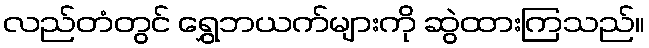
လည်တံတွင် ရွှေဘယက်များကို ဆွဲထားကြသည်။